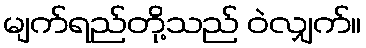
မျက်ရည်တို့သည် ဝဲလျှက်။